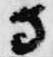
寺